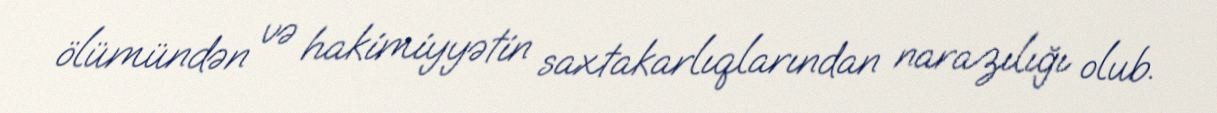
ölümündən və hakimiyyətin saxtakarlıqlarından narazılığı olub.